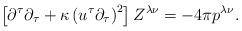
LaTeX: \begin{align*}\left[ \partial^{\tau}\partial_{\tau}+\kappa\left( u^{\tau}\partial_{\tau}\right) ^{2}\right] Z^{\lambda\nu}=-4\pi p^{\lambda\nu}. \end{align*}